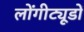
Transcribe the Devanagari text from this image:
लोंगीट्यूडों